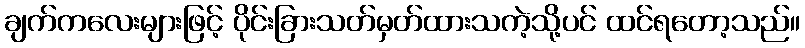
ချက်ကလေးများဖြင့် ပိုင်းခြားသတ်မှတ်ထားသကဲ့သို့ပင် ထင်ရတော့သည်။